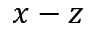
x - z